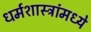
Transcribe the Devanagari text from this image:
धर्मशास्त्रांमध्ये